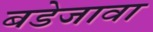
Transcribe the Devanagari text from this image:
बडेजावा